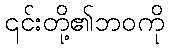
၎င်းတို့၏ဘဝကို